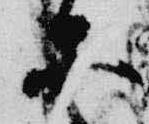
等